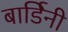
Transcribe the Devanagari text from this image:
बार्डिनी